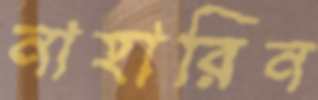
নাহারিন